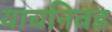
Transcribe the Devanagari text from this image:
याचनिवड